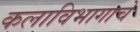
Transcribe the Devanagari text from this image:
कलाविभागाचे